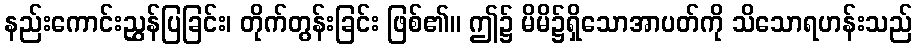
နည်းကောင်းညွှန်ပြခြင်း၊ တိုက်တွန်းခြင်း ဖြစ်၏။ ဤ၌ မိမိ၌ရှိသောအာပတ်ကို သိသောရဟန်းသည်